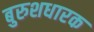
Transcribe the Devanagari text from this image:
बुरुशधारक